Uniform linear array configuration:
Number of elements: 4
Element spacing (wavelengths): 1
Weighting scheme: hamming
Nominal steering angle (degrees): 45
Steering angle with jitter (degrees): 45.592
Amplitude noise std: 0.05
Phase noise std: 0.05

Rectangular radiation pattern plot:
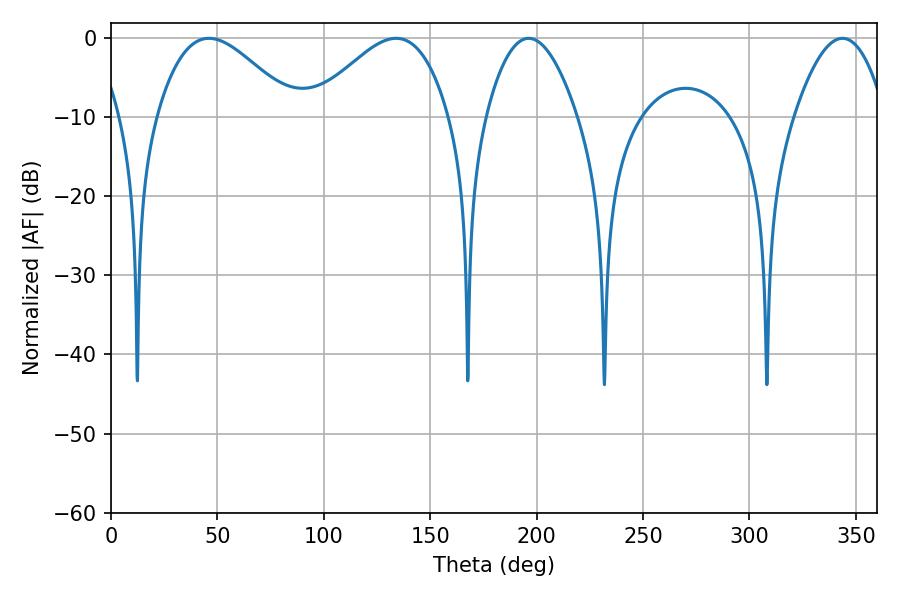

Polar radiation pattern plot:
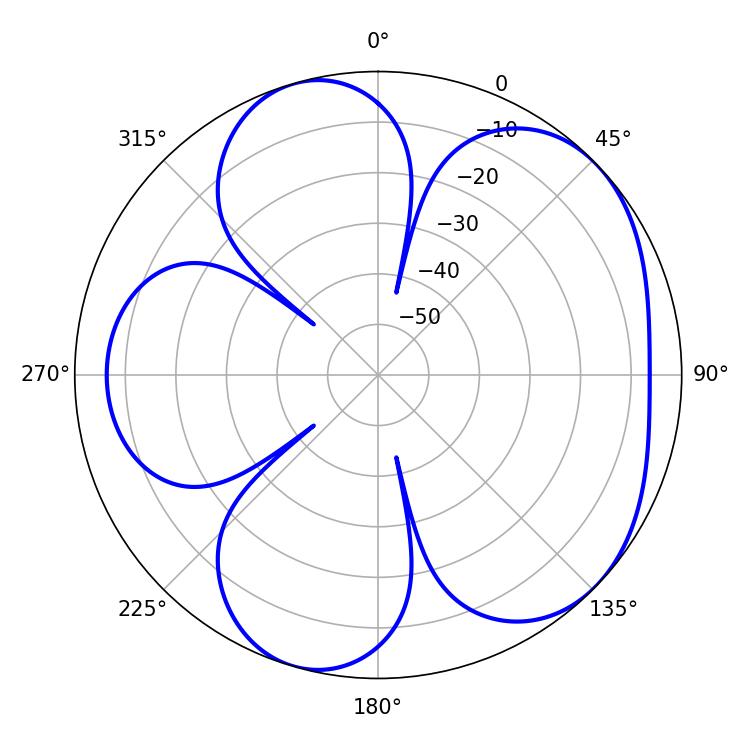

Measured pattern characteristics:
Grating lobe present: TRUE
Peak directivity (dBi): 5.131
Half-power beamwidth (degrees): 34.74
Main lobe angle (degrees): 46.08